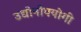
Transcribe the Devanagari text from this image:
उद्योनोपयोगी